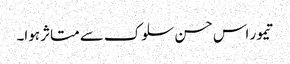
تیمور اس حسن سلوک سے متاثر ہوا۔